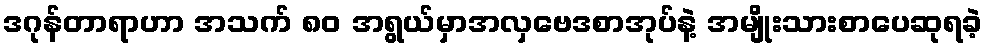
ဒဂုန်တာရာဟာ အသက် ၈၀ အရွယ်မှာအလှဗေဒစာအုပ်နဲ့ အမျိုးသားစာပေဆုရခဲ့